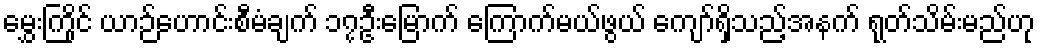
မွှေးကြိုင် ယာဉ်ဟောင်းစီမံချက် ၁၇ဦးမြောက် ကြောက်မယ်ဖွယ် ကျော်ရှိသည့်အနက် ရုတ်သိမ်းမည်ဟု